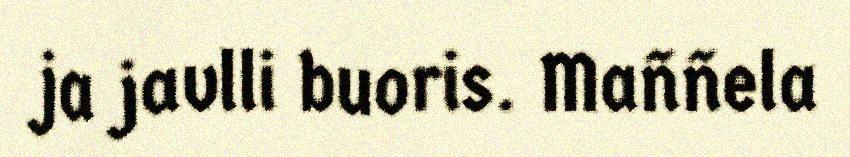
ja javlli buoris. Maññela